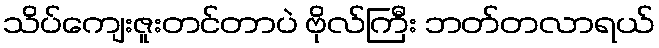
သိပ်ကျေးဇူးတင်တာပဲ ဗိုလ်ကြီး ဘတ်တလာရယ်